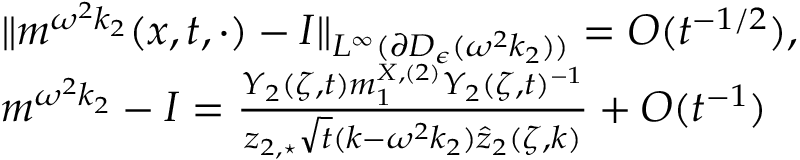
\begin{array} { r l } & { \| m ^ { \omega ^ { 2 } k _ { 2 } } ( x , t , \cdot ) - I \| _ { L ^ { \infty } ( \partial D _ { \epsilon } ( \omega ^ { 2 } k _ { 2 } ) ) } = O ( t ^ { - 1 / 2 } ) , } \\ & { m ^ { \omega ^ { 2 } k _ { 2 } } - I = \frac { Y _ { 2 } ( \zeta , t ) m _ { 1 } ^ { X , ( 2 ) } Y _ { 2 } ( \zeta , t ) ^ { - 1 } } { z _ { 2 , \star } \sqrt { t } ( k - \omega ^ { 2 } k _ { 2 } ) \hat { z } _ { 2 } ( \zeta , k ) } + O ( t ^ { - 1 } ) } \end{array}